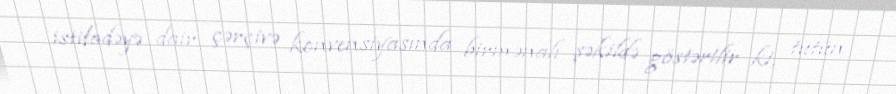
istifadəyə dair çərçivə konvensiyasında birmənalı şəkildə göstərilir ki, tütün